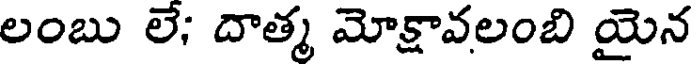
లంబు లే; దాత్మ మోక్షావలంబి యైన